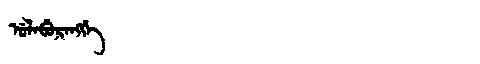
Manchu: ᡠᠯᠠᠪᡠᡵᠠᠩᡤᡝ
Romanization: ULABURANGGE